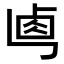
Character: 𠧷